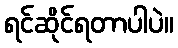
ရင်ဆိုင်ရတာပါပဲ။